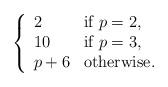
LaTeX: \begin{align*}\left\{\begin{array}{ll} 2 & \textrm{if $p=2$,} \\ 10 & \textrm{if $p=3$,}\\ p+6 & \textrm{otherwise.} \end{array}\right.\end{align*}